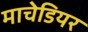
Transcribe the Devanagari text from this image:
माचेडियर